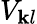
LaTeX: V_{\mathbf{k}l}